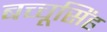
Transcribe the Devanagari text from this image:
बच्चूसिंह